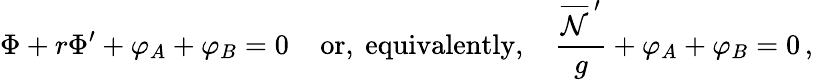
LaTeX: {\Phi}+r{\Phi}^{\prime}+{\varphi}_{A}+{\varphi}_{B}=0\; \; \; \; \mathrm{or,~equivalently,}\; \; \; \; \frac{\overline{{{\cal{N}}}}^{\, \prime}}{g}+{\varphi}_{A}+{\varphi}_{B}=0\, ,